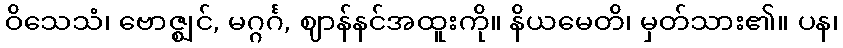
ဝိသေသံ၊ ဗောဇ္ဈင်, မဂ္ဂင်္ဂ, ဈာန်နင်အထူးကို။ နိယမေတိ၊ မှတ်သား၏။ ပန၊